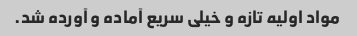
مواد اولیه تازه و خیلی سریع آماده و آورده شد.